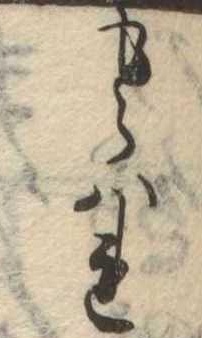
もらはれ